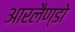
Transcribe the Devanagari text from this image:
आरलैण्डो